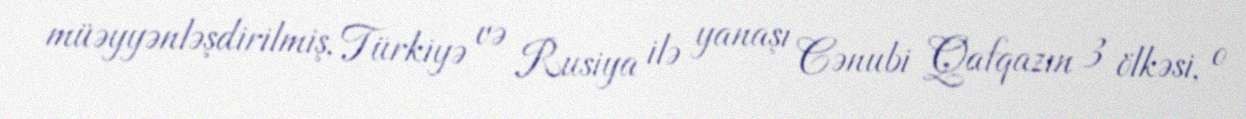
müəyyənləşdirilmiş, Türkiyə və Rusiya ilə yanaşı Cənubi Qafqazın 3 ölkəsi, o